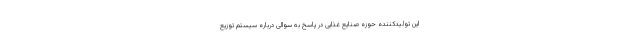
این تولیدکننده حوزه صنایع غذایی در پاسخ به سوالی درباره سیستم توزیع